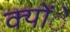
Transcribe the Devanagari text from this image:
क्योंे